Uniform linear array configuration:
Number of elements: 48
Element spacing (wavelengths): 0.75
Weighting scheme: binomial
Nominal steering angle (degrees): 45
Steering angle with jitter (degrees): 45.76
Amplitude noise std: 0.05
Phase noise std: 0.05

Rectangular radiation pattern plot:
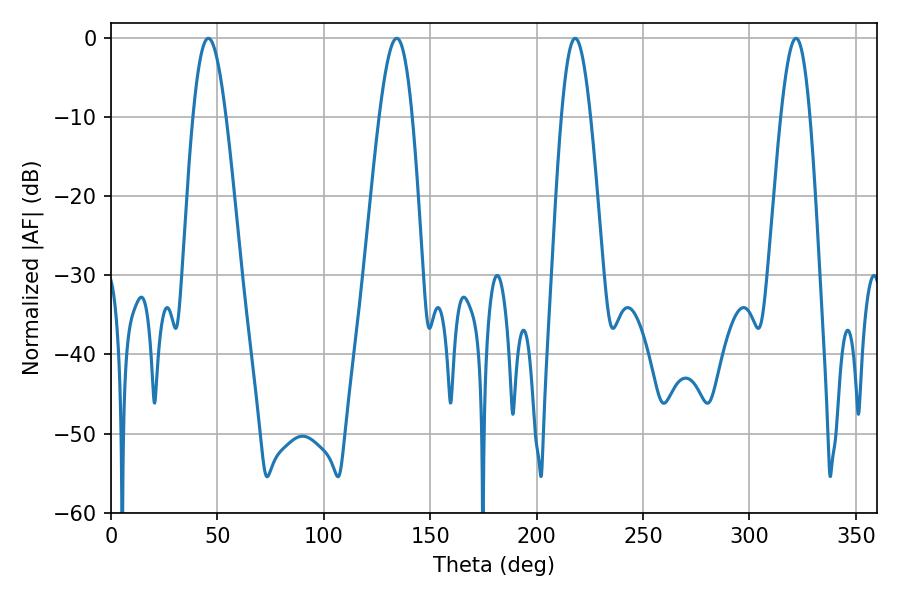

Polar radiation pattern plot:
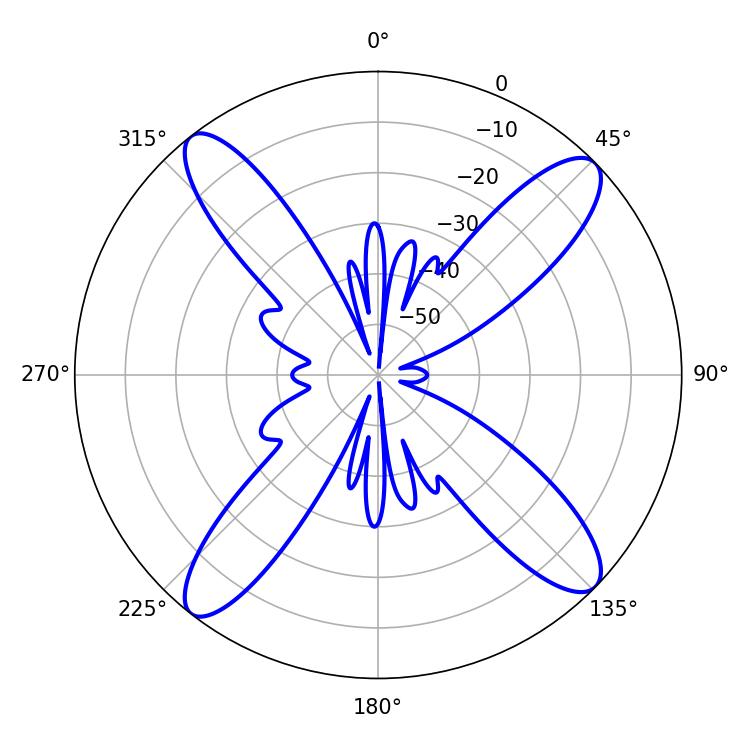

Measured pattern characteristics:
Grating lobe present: TRUE
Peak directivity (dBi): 15.664
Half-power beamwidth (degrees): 8.28
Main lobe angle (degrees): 45.72